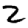
Digit: 2